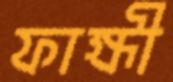
ফাহ্মী